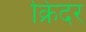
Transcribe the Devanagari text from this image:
क्रिंदर